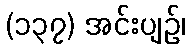
(၁၃၇) အင်းပျဉ်၊